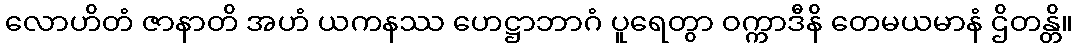
လောဟိတံ ဇာနာတိ အဟံ ယကနဿ ဟေဋ္ဌာဘာဂံ ပူရေတွာ ဝက္ကာဒီနိ တေမယမာနံ ဌိတန္တိ။